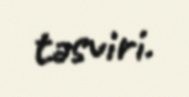
təsviri.